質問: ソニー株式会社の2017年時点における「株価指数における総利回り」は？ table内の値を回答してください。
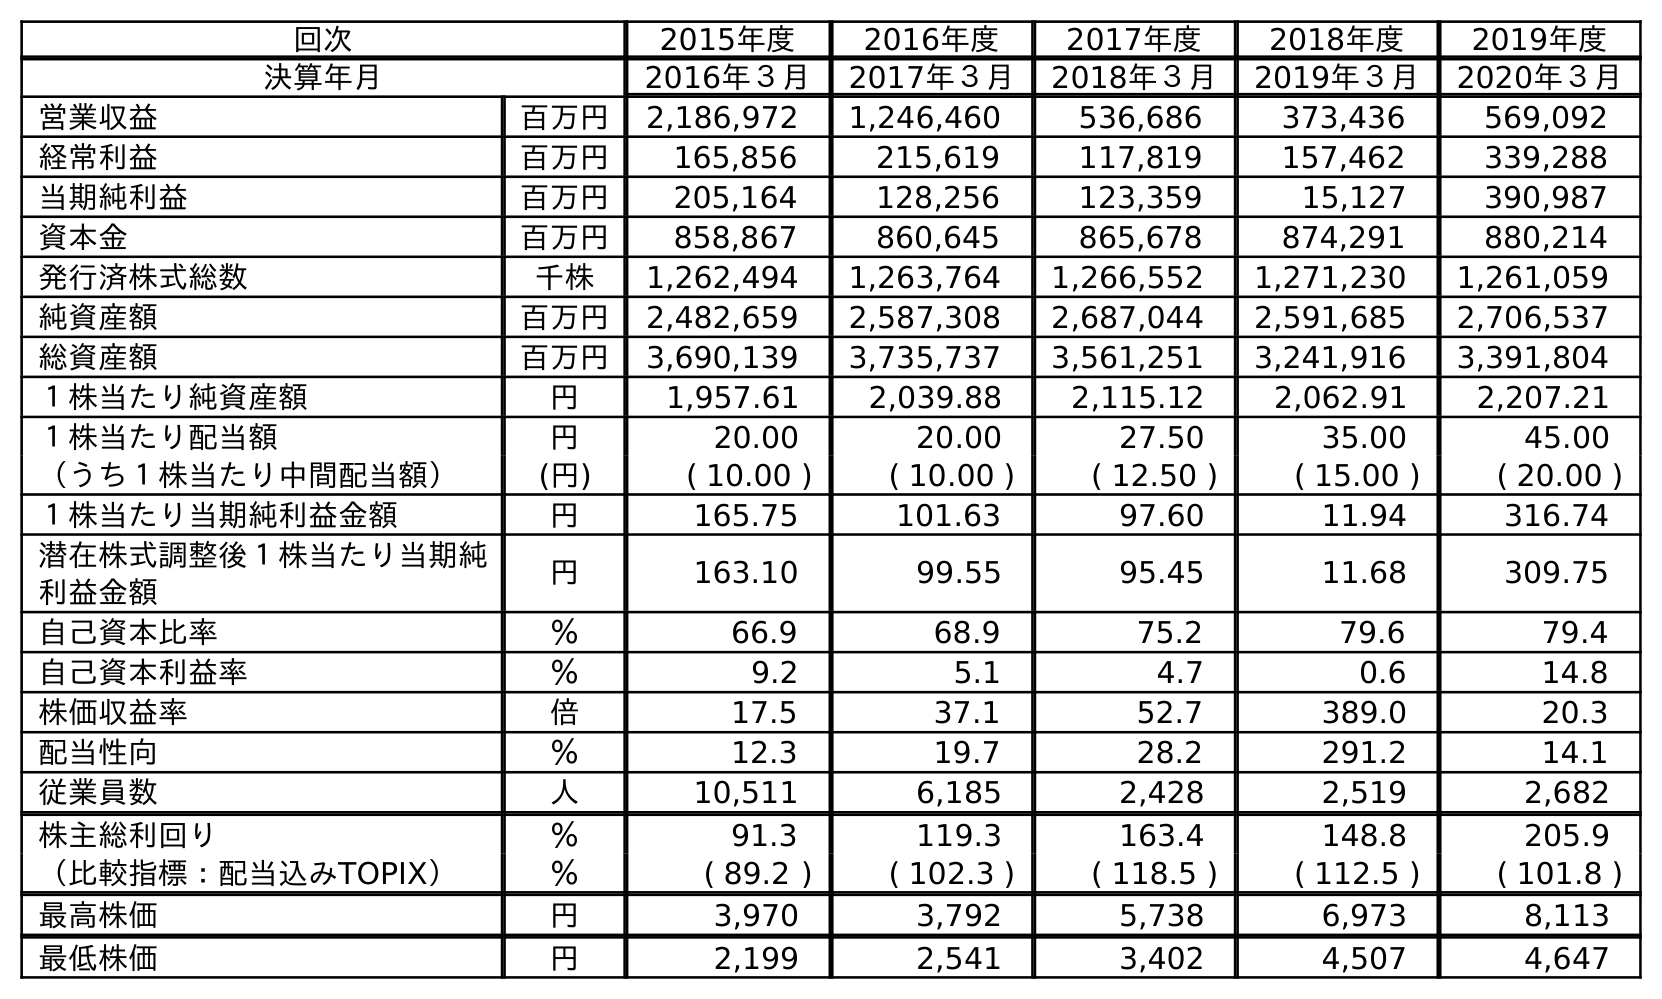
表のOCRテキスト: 回次 2015年度 2016年度 2017年度 2018年度 2019年度 決算年月 2016年３月 2017年３月 2018年３月 2019年３月 2020年３月 営業収益 百万円 2,186,972 1,246,460 536,686 373,436 569,092 経常利益 百万円 165,856 215,619 117,819 157,462 339,288 当期純利益 百万円 205,164 128,256 123,359 15,127 390,987 資本金 百万円 858,867 860,645 865,678 874,291 880,214 発行済株式総数 千株 1,262,494 1,263,764 1,266,552 1,271,230 1,261,059 純資産額 百万円 2,482,659 2,587,308 2,687,044 2,591,685 2,706,537 総資産額 百万円 3,690,139 3,735,737 3,561,251 3,241,916 3,391,804 １株当たり純資産額 円 1,957.61 2,039.88 2,115.12 2,062.91 2,207.21 １株当たり配当額 円 20.00 20.00 27.50 35.00 45.00 （うち１株当たり中間配当額） (円) ( 10.00 ) ( 10.00 ) ( 12.50 ) ( 15.00 ) ( 20.00 ) １株当たり当期純利益金額 円 165.75 101.63 97.60 11.94 316.74 潜在株式調整後１株当たり当期純 利益金額 円 163.10 99.55 95.45 11.68 309.75 自己資本比率 ％ 66.9 68.9 75.2 79.6 79.4 自己資本利益率 ％ 9.2 5.1 4.7 0.6 14.8 株価収益率 倍 17.5 37.1 52.7 389.0 20.3 配当性向 ％ 12.3 19.7 28.2 291.2 14.1 従業員数 人 10,511 6,185 2,428 2,519 2,682 株主総利回り ％ 91.3 119.3 163.4 148.8 205.9 （比較指標：配当込みTOPIX） ％ ( 89.2 ) ( 102.3 ) ( 118.5 ) ( 112.5 ) ( 101.8 ) 最高株価 円 3,970 3,792 5,738 6,973 8,113 最低株価 円 2,199 2,541 3,402 4,507 4,647
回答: (102.3)